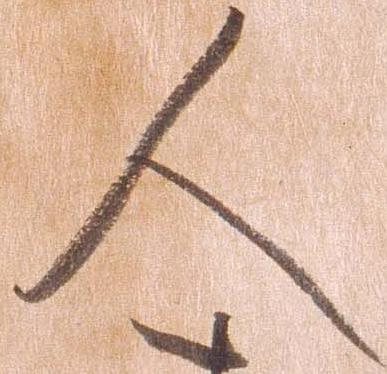
人